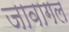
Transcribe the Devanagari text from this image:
जावागल